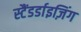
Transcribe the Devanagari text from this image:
स्टैंडर्डाइज़िंग